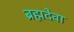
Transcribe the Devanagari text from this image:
ब्रह्मदेवा